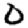
Digit: 0